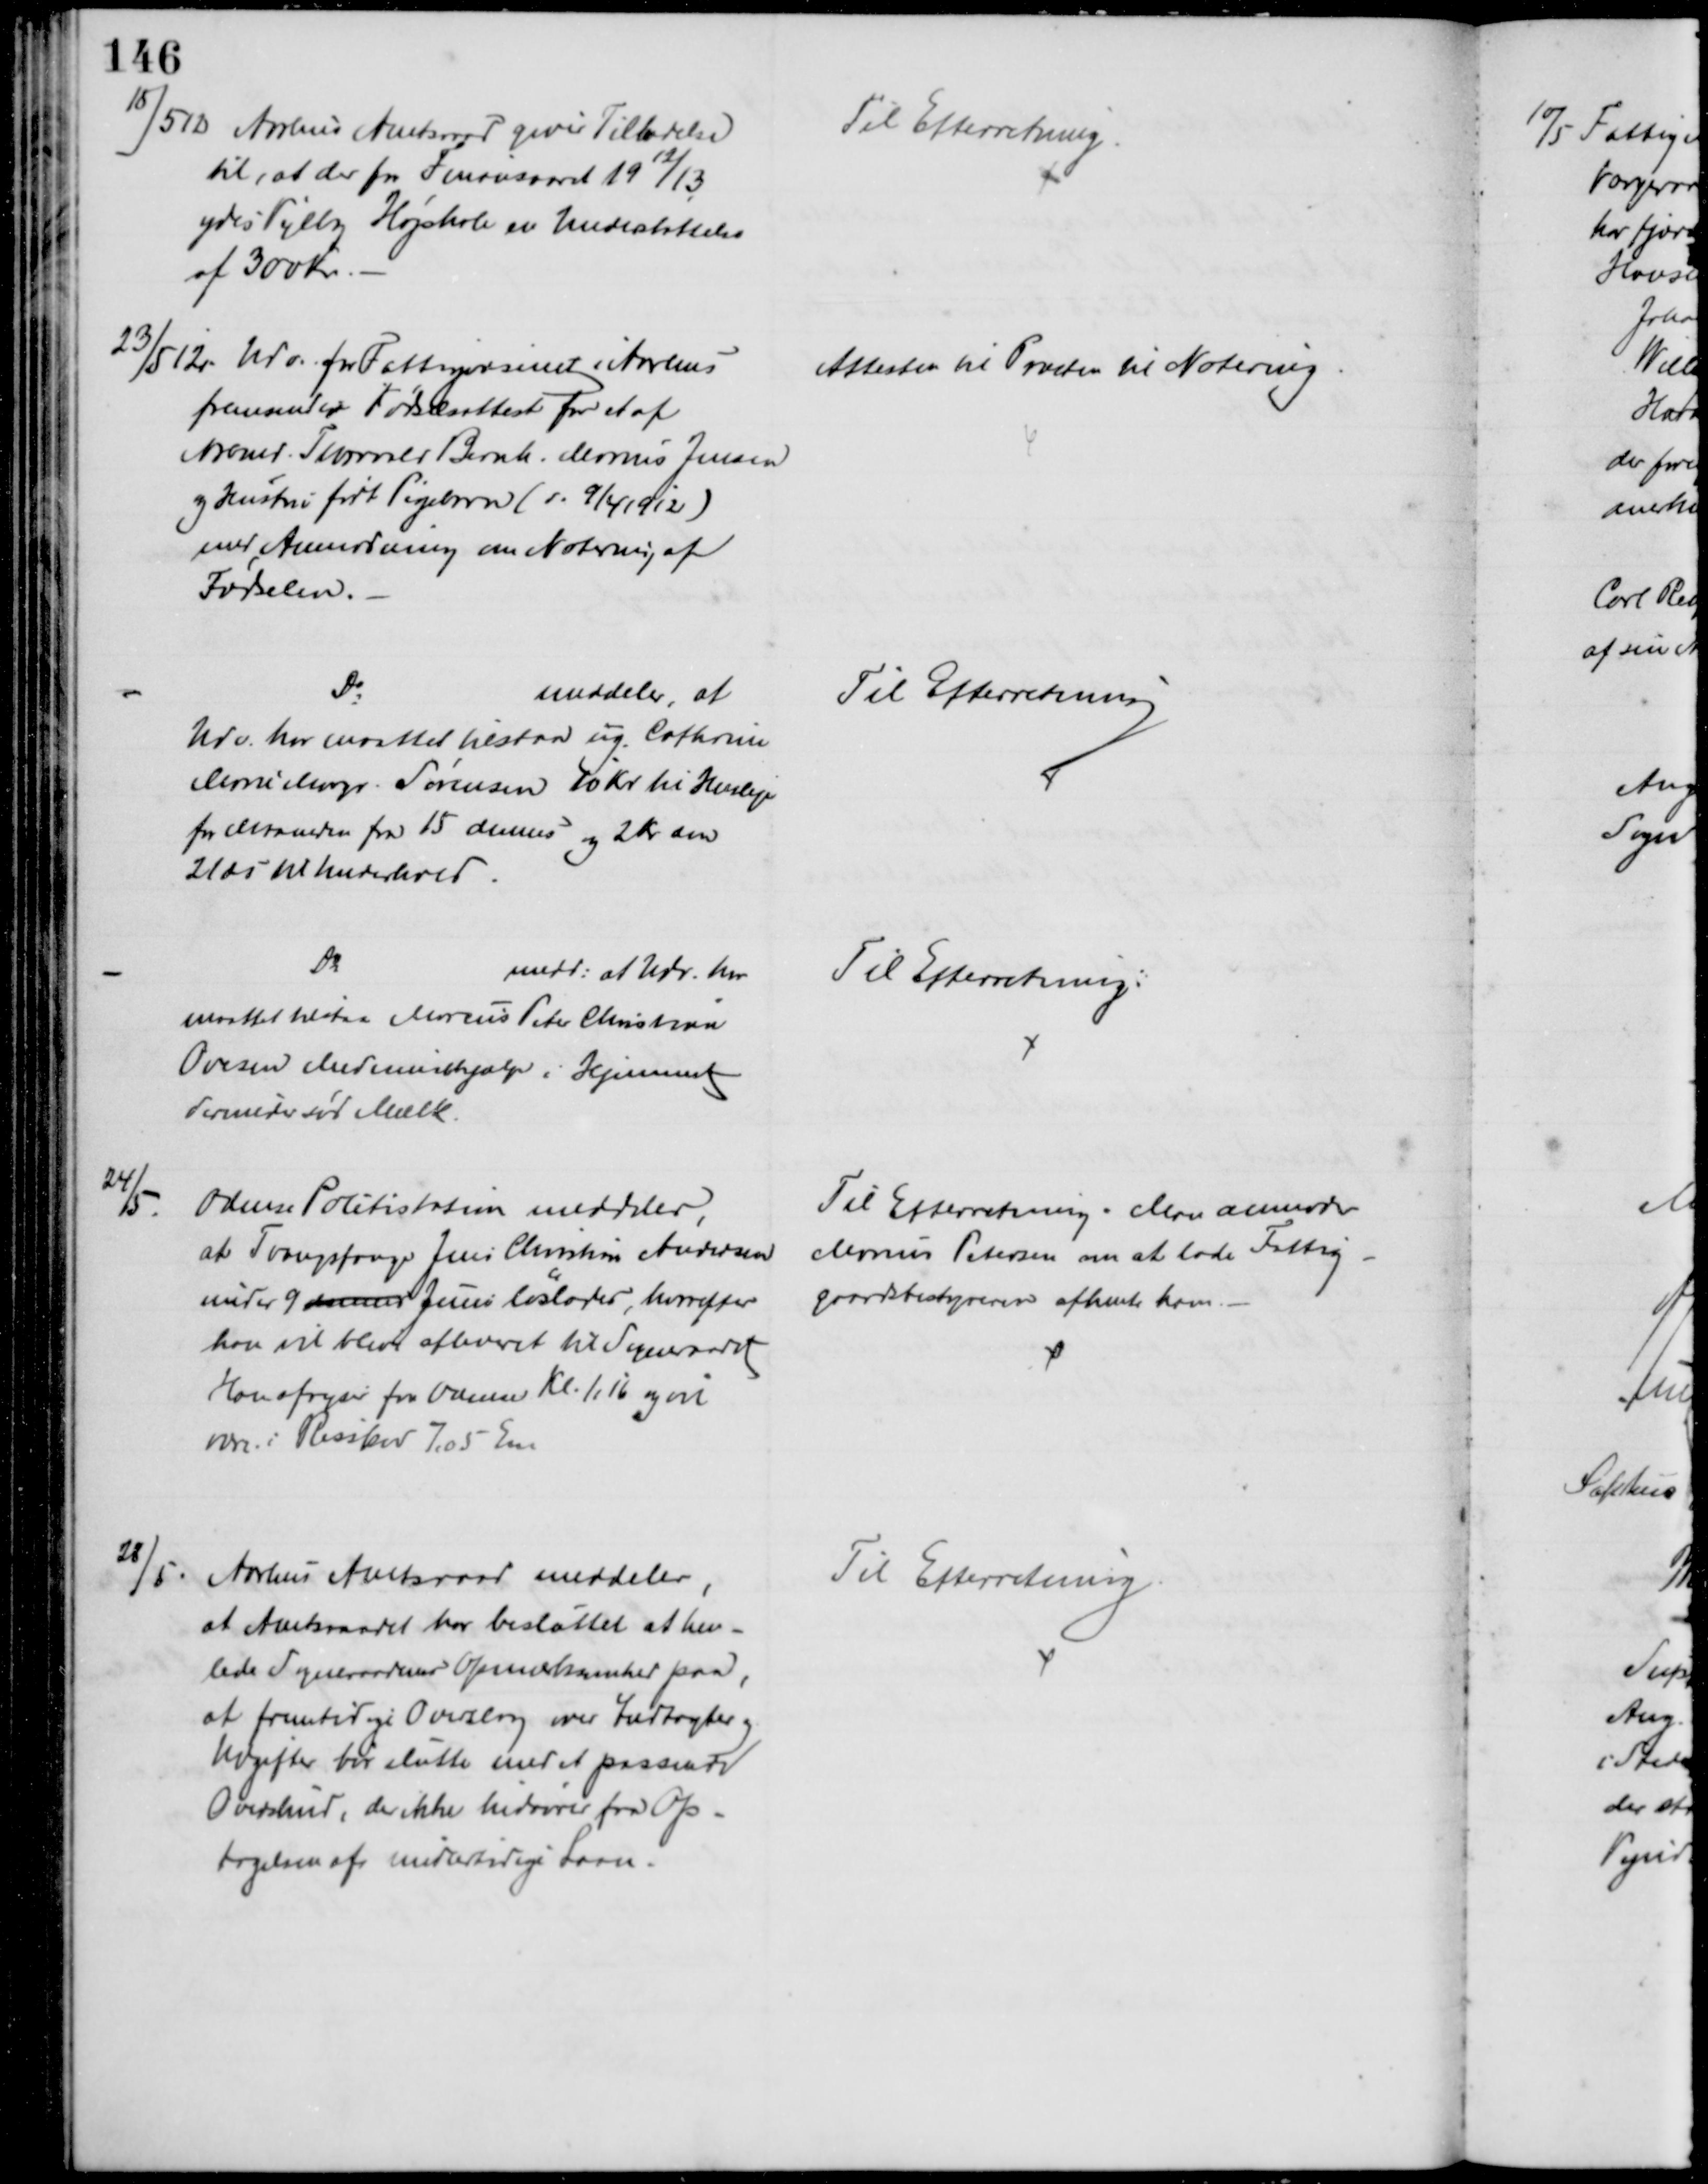
Transskription:
15/5 12 Aarhus Amtsraad giver Tilladelse
til, at der fra Finansaaret 1912/13
ydes Vejlby Højskole en Understøttelse
af 300 Kr.
Til Efterretning
23/5 12. Udv. for Fattigvæsenet i Aarhus
fremsender Fødselsattest for et af
Arbmd. Thorvald Bernh. Marius Jensen
og Hustru født Pigebarn (d. 9/4 1912)
med Anmodning om Notering af
Fødselen.
Attesten til Præsten til Notering
Do
meddeler, at
Udv. her maattet tilstaa ug. Cathrine
Marie Margr. Sørensen 10 Kr til Husleje
for Maaneden fra 15 dennes og 2 Kr om
21 ds til Underhold.
Til Efterretning
Do
medd. at Udv. har
maattet tilstaa Marcus Peter Christian
Ovesen Medicinalhjælp i Hjemmet
derunder sød Mælk
Til Efterretning.
24/5.
Odense Politistation meddeler,
at Tvangsfange Jens Christian Andersen
under 9 dennes Juni løslades, hvorefter
han vil blive afleveret til Sogneraadet
Han afrejser fra Odense Kl. 1,16 og vil
være i Risskov 7,05 Em
Til Efterretning. Man anmoder
Marius Petersen om at lade Fattig-
gaardsbestyreren afhente ham.
28/5. Aarhus Amtsraad meddeler,
at Amtsraadet har besluttet at hen-
lede Sogneraadenes Opmærksomhed paa,
at fremtidige Overslag over Indtægter og
Udgifter bør slutte med et passende
Overskud, der ikke hidrører fra Op-
tagelsen af midlertidige Laan.
Til Efterretning